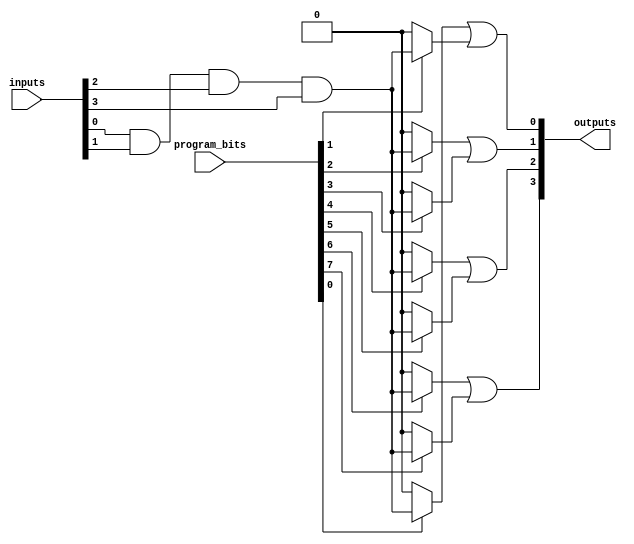
module FlashProgrammablePAL (
    input wire [N-1:0] inputs,        // N input lines
    input wire [M-1:0] program_bits,  // M programming bits for AND gates
    output wire [P-1:0] outputs       // P output lines
);

parameter N = 8; // Number of input lines
parameter M = 16; // Number of AND gates
parameter P = 4; // Number of OR gates

// AND gate outputs
wire [M-1:0] and_outputs;

// AND array: Each AND gate can be programmed using program_bits
genvar i, j;
generate
    for (i = 0; i < M; i = i + 1) begin : and_array
        assign and_outputs[i] = program_bits[i] ? (inputs[0] & inputs[1] & inputs[2] & inputs[3]) : 1'b0; // Example logic
        // Extend this logic to include more inputs based on your programming bits
    end
endgenerate

// Fixed OR array: Combine outputs from AND gates
wire [P-1:0] or_outputs;

assign or_outputs[0] = and_outputs[0] | and_outputs[1]; // OR gate 1
assign or_outputs[1] = and_outputs[2] | and_outputs[3]; // OR gate 2
assign or_outputs[2] = and_outputs[4] | and_outputs[5]; // OR gate 3
assign or_outputs[3] = and_outputs[6] | and_outputs[7]; // OR gate 4

// Output assignment
assign outputs = or_outputs;

endmodule